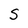
Character: S